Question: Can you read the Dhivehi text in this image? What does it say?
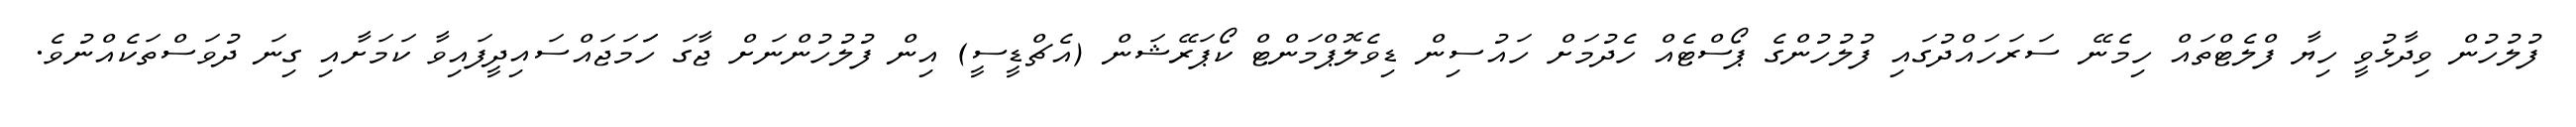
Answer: ފުލުހުން ވިދާޅުވީ ހިޔާ ފްލެޓްތައް ހިމެނޭ ސަރަހައްދުގައި ފުލުހުންގެ ޕޯސްޓެއް ހެދުމަށް ހައުސިން ޑިވެލޮޕްމަންޓް ކޯޕަރޭޝަން (އެޗްޑީސީ) އިން ފުލުހުންނަށް ޖާގަ ހަަމަޖައްސައިދީފައިވާ ކަމަށާއި ގިނަ ދުވަސްތަކެއްނުވެ.